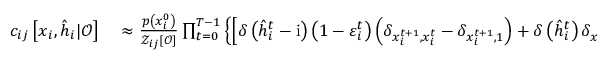
\begin{array} { r l } { c _ { i j } \left[ \boldsymbol { x } _ { i } , \hat { \boldsymbol { h } } _ { i } | \boldsymbol { \mathcal { O } } \right] } & { { } \approx \frac { p \left( x _ { i } ^ { 0 } \right) } { { \mathcal { Z } } _ { i j } [ \boldsymbol { \mathcal { O } } ] } \prod _ { t = 0 } ^ { T - 1 } \left\{ \left[ \delta \left( \hat { h } _ { i } ^ { t } - \mathrm { i } \right) \left( 1 - \varepsilon _ { i } ^ { t } \right) \left( \delta _ { x _ { i } ^ { t + 1 } , x _ { i } ^ { t } } - \delta _ { x _ { i } ^ { t + 1 } , 1 } \right) + \delta \left( \hat { h } _ { i } ^ { t } \right) \delta _ { x _ { i } ^ { t + 1 } , 1 } \right] p \left( { O } _ { i } ^ { t } | x _ { i } ^ { t } \right) \right\} p \left( { O } _ { i } ^ { T } \mid x _ { i } ^ { T } \right) } \end{array}